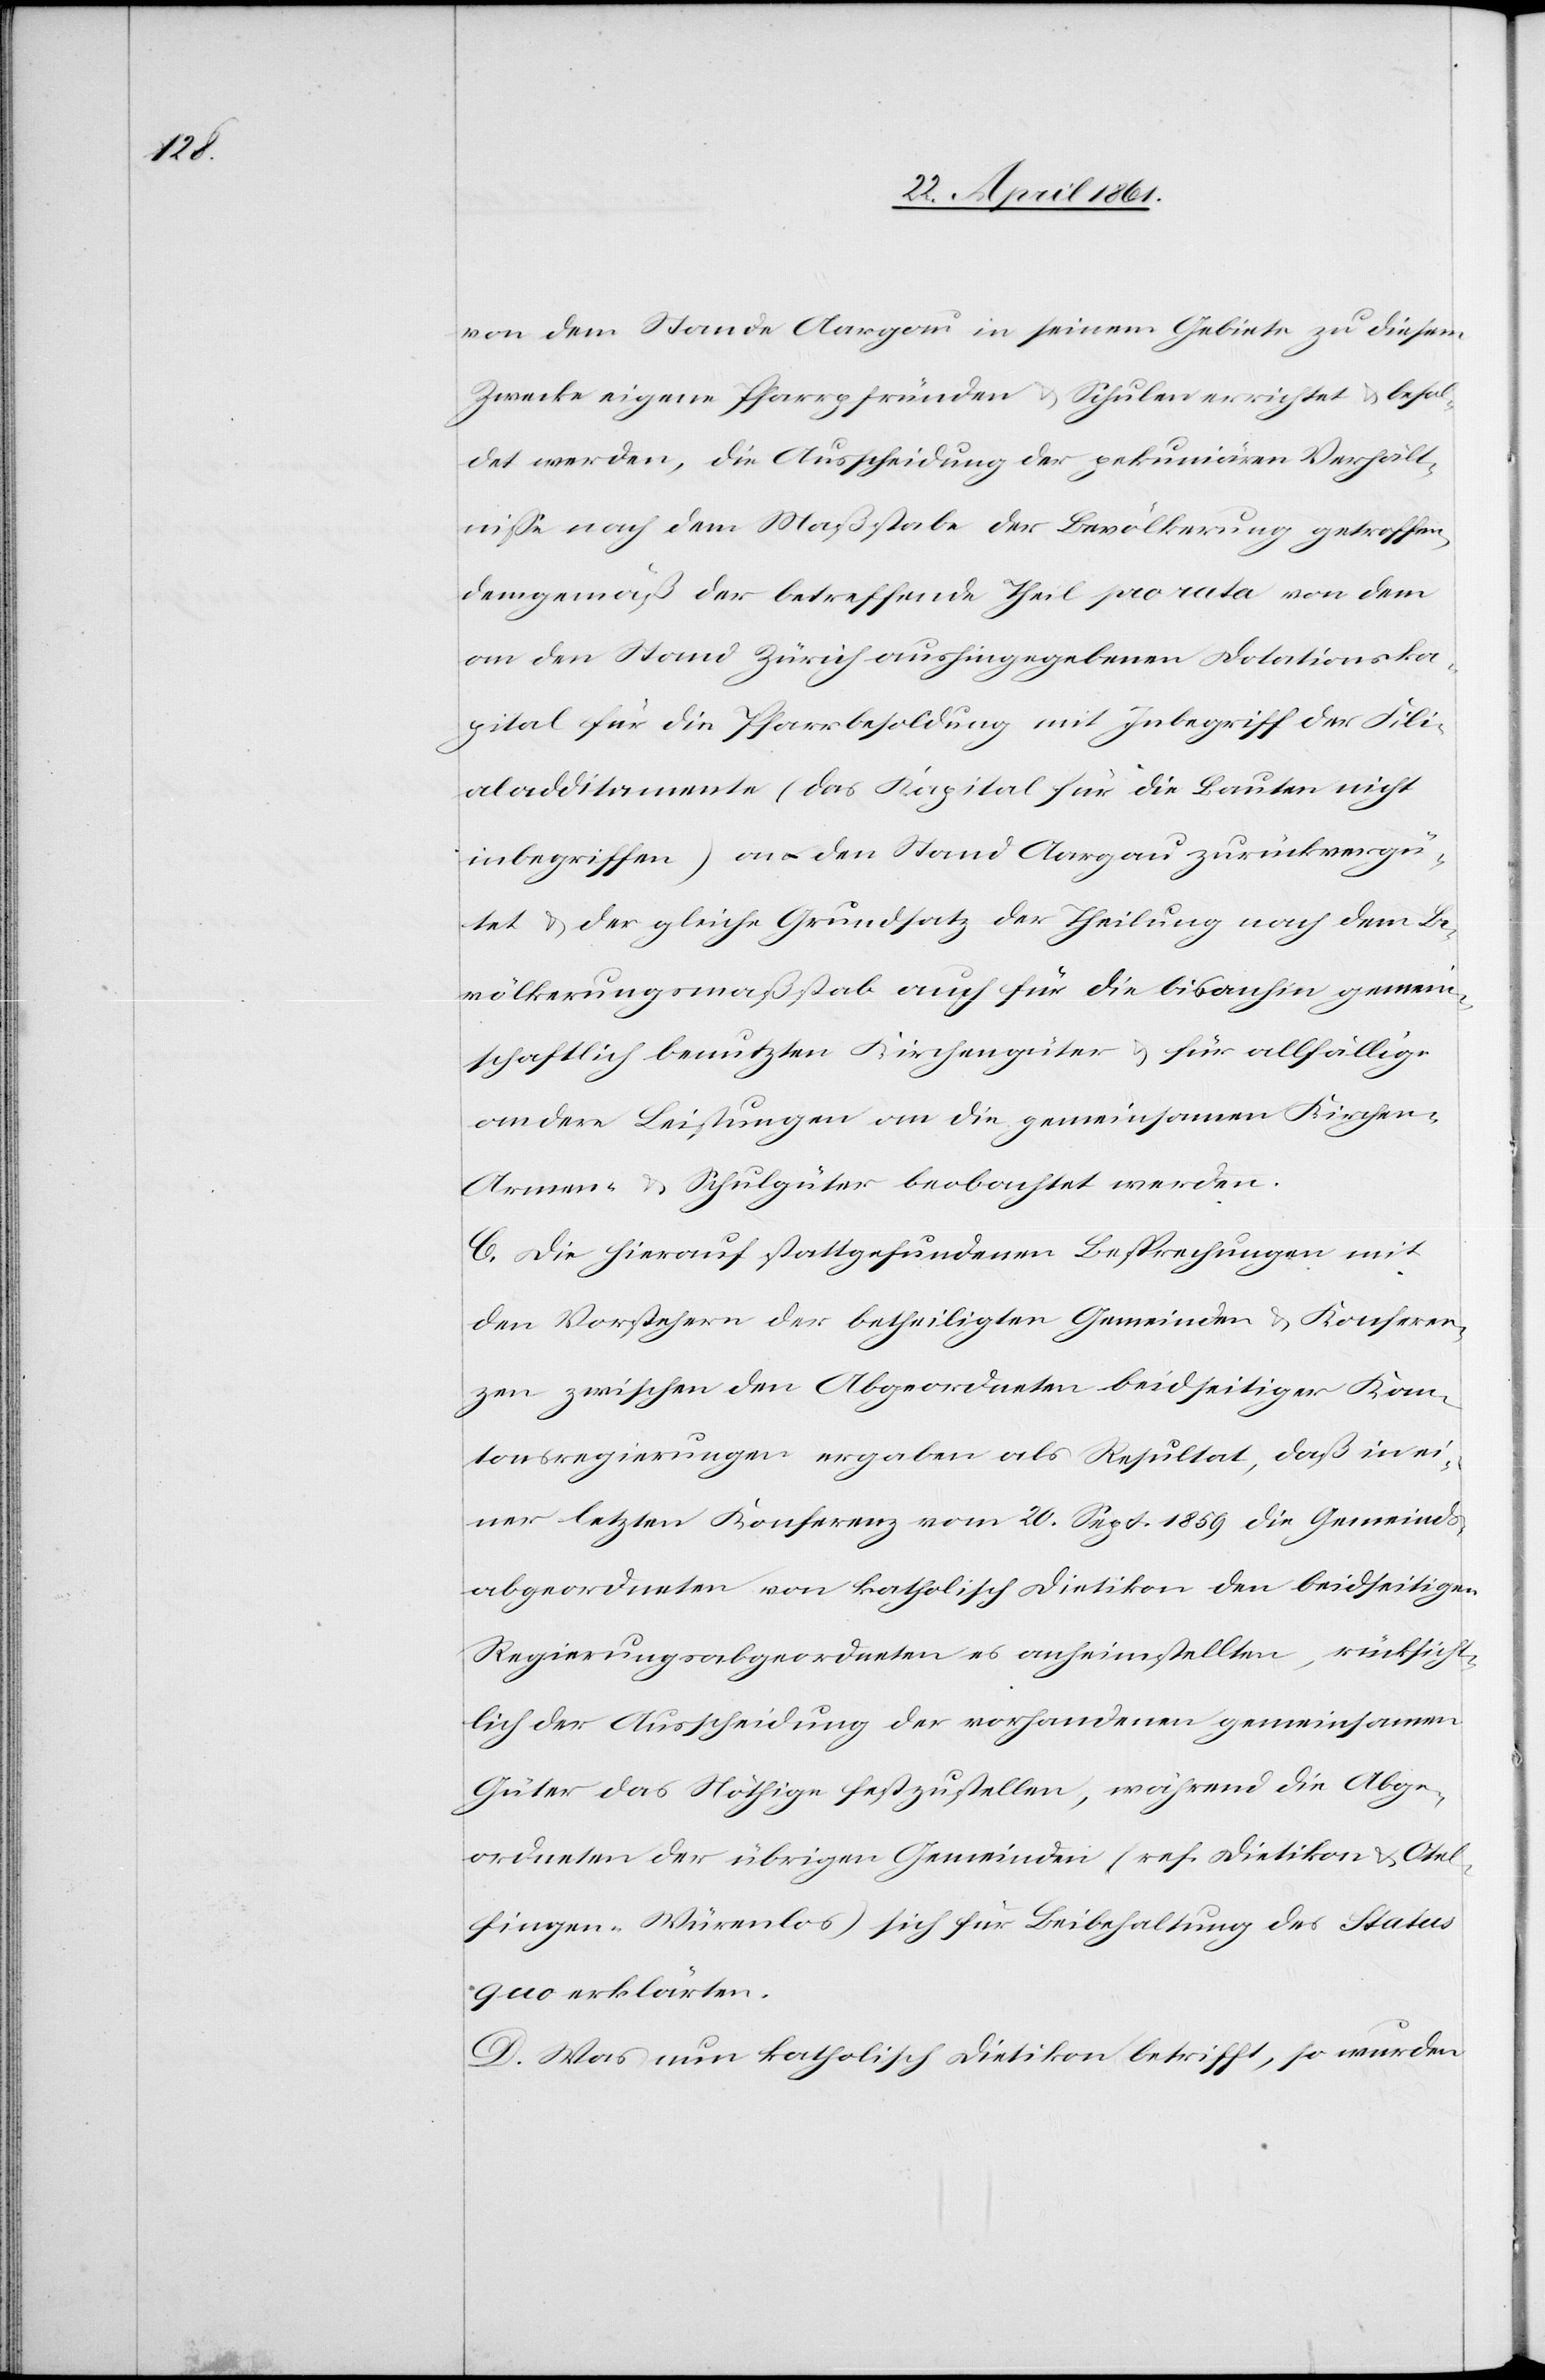
von dem Stande Aargau in seinem Gebiete zu diesem
Zwecke eigene Pfarrpfründen u. Schulen errichtet u. besol¬
det werden, die Ausscheidung der pekuniären Verhält¬
nisse nach dem Maßstabe der Bevölkerung getroffen,
demgemäß der betreffende Theil pro rata von dem
an den Stand Zürich aushingegebenen Dotationska¬
pital für die Pfarrbesoldung mit Inbegriff der Fili¬
aladditamente (das Kapital für die Bauten nicht
inbegriffen) an den Stand Aargau zurückvergü¬
tet u. der gleiche Grundsatz der Theilung nach dem Be¬
völkerungsmaßstab auch für die bisanhin gemein¬
schaftlich benutzten Kirchengüter u. für allfällige
andere Leistungen an die gemeinsamen Kirchen-[,]
Armen- u. Schulgüter beobachtet werden.
C. Die hierauf stattgefundenen Besprechungen mit
den Vorstehern der betheiligten Gemeinden u. Konferen¬
zen zwischen den Abgeordneten beidseitiger Kan¬
tonsregierungen ergaben als Resultat, daß in ei¬
ner letzten Konferenz vom 20. Sept. 1859 die Gemeinds¬
abgeordneten von katholisch Dietikon den beidseitigen
Regierungsabgeordneten es anheimstellen, rücksicht¬
lich der Ausscheidung der vorhandenen gemeinsamen
Güter das Nöthige festzustellen, während die Abge¬
ordneten der übrigen Gemeinden (ref. Dietikon u. Otel¬
fingen-Würenlos) sich für Beibehaltung des Status
quo erklärten.
D. Was nun katholisch Dietikon betrifft, so wurden